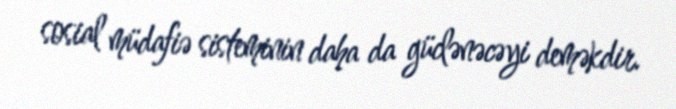
sosial müdafiə sisteminin daha da güclənəcəyi deməkdir.